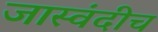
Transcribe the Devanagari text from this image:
जास्वंदीच